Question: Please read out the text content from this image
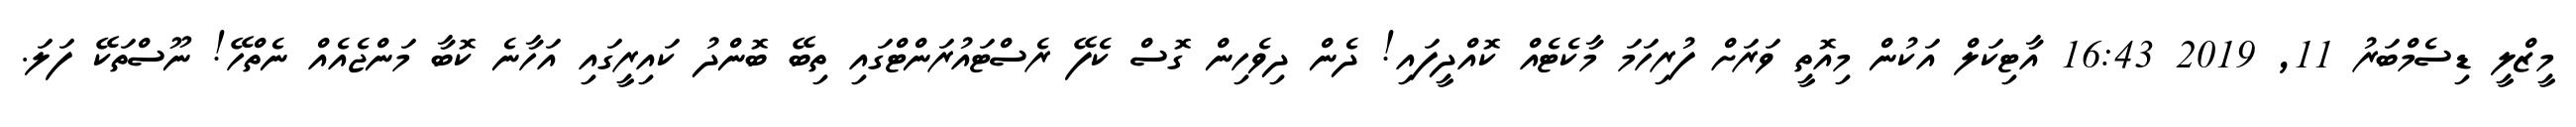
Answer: މީޒްލީ ޑިސެމްބަރު 11, 2019 16:43 އާޓިކަލް އަކުން މިއޮތީ ވަރަށް ފުރިހަމަ މާކެޓެއް ކޮއްދީފައި! ދެން ދިވެހިން ގޮސް ކެފޭ ރެސްޓައުރަންޓްގައި ތިބޭ ބޮންދު ކައިރީގައި އަހާނެ ކޮބާ މަންޖެއެއް ނެތްހޭ! ނޫސްތަކޭ ފަލަ.